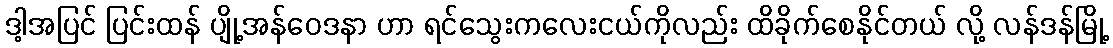
ဒါ့အပြင် ပြင်းထန် ပျို့အန်ဝေဒနာ ဟာ ရင်သွေးကလေးငယ်ကိုလည်း ထိခိုက်စေနိုင်တယ် လို့ လန်ဒန်မြို့